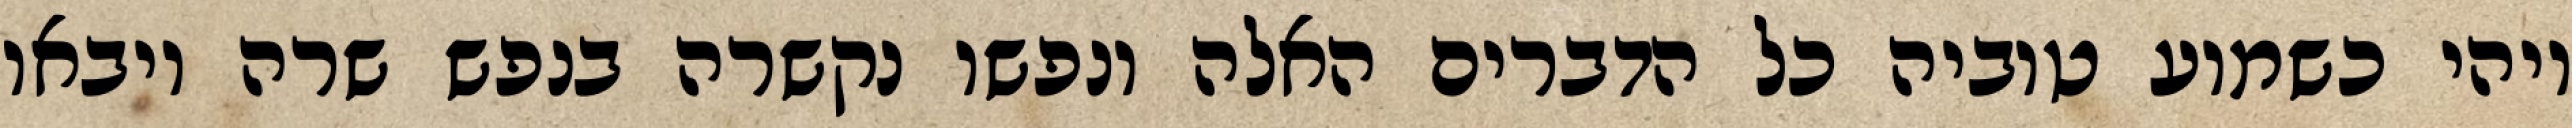
ויהי כשמוע טוביה כל הדברים האלה ונפשו נקשרה בנפש שרה ויבאו